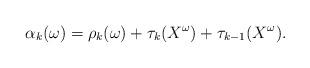
LaTeX: \begin{align*}\alpha_k(\omega)=\rho_k(\omega)+\tau_k(X^\omega)+\tau_{k-1}(X^\omega).\end{align*}